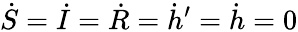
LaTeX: \dot{S}=\dot{I}=\dot{R}=\dot{h}^{\prime}=\dot{h}=0